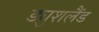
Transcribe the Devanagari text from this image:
ड्युशलैंड